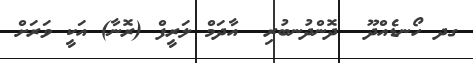
ގދ ހޯނޑެއްދޫ  ދޮންދުނބުރި  އާދަމް ލަރީފް (ރޮނާ) އަކީ ވަރަށް